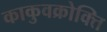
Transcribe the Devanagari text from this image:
काकुवक्रोक्ति